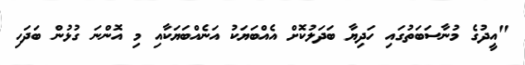
"އީދުގެ މުނާސަބަތުގައި ހަދިޔާ ބަދަލުކޮށް އެއްބަޔަކު އަނެއްބަޔަކާއި މި އޮންނަ ގުޅުން ބަދަހި